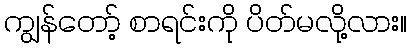
ကျွန်တော့် စာရင်းကို ပိတ်မလို့လား။